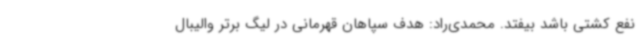
نفع کشتی باشد بیفتد. محمدی‌راد: هدف سپاهان قهرمانی در لیگ برتر والیبال